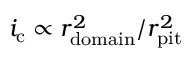
i _ { \mathrm { c } } \propto r _ { \mathrm { d o m a i n } } ^ { 2 } / r _ { \mathrm { p i t } } ^ { 2 }